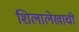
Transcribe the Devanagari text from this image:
शिलालेखाची